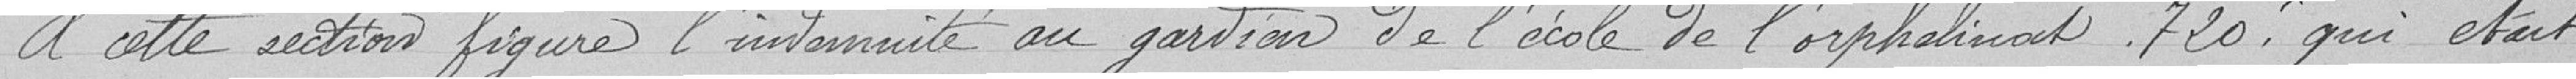
A cette section figure l'indemnité au gardien de l'école de l'orphelinat 730 francs qui était